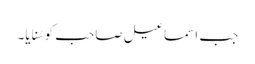
جب اسماعیل صاحب کو سُنایا۔